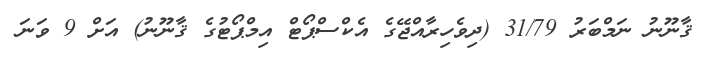
ޤާނޫނު ނަމްބަރު 31/79 (ދިވެހިރާއްޖޭގެ އެކްސްޕޯޓް އިމްޕޯޓުގެ ޤާނޫނު) އަށް 9 ވަނަ